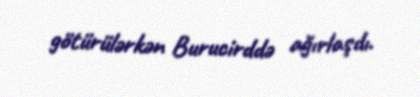
götürülərkən Burucirddə ağırlaşdı.